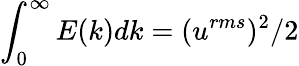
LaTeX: \int_{0}^{\infty}E(k)dk=(u^{rms})^{2}/2